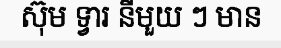
ស៊ុម ទ្វារ នីមួយ ៗ មាន